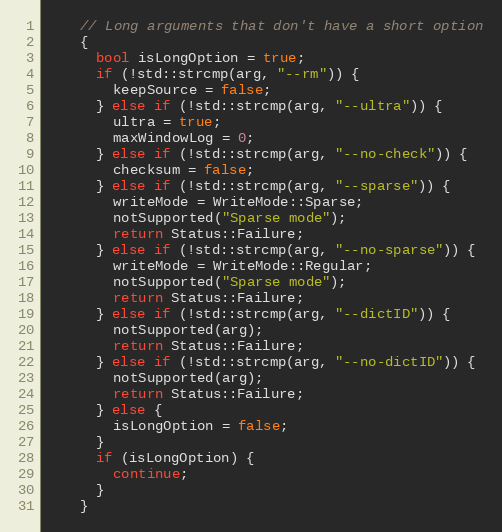
Language: C++
    // Long arguments that don't have a short option
    {
      bool isLongOption = true;
      if (!std::strcmp(arg, "--rm")) {
        keepSource = false;
      } else if (!std::strcmp(arg, "--ultra")) {
        ultra = true;
        maxWindowLog = 0;
      } else if (!std::strcmp(arg, "--no-check")) {
        checksum = false;
      } else if (!std::strcmp(arg, "--sparse")) {
        writeMode = WriteMode::Sparse;
        notSupported("Sparse mode");
        return Status::Failure;
      } else if (!std::strcmp(arg, "--no-sparse")) {
        writeMode = WriteMode::Regular;
        notSupported("Sparse mode");
        return Status::Failure;
      } else if (!std::strcmp(arg, "--dictID")) {
        notSupported(arg);
        return Status::Failure;
      } else if (!std::strcmp(arg, "--no-dictID")) {
        notSupported(arg);
        return Status::Failure;
      } else {
        isLongOption = false;
      }
      if (isLongOption) {
        continue;
      }
    }